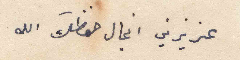
عزيزتي انجال حفظك الله